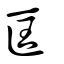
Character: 匡